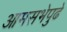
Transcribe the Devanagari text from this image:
आमसभेपुढे